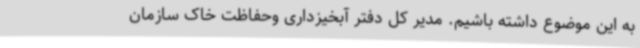
به این موضوع داشته باشیم. مدیر کل دفتر آبخیزداری وحفاظت خاک سازمان